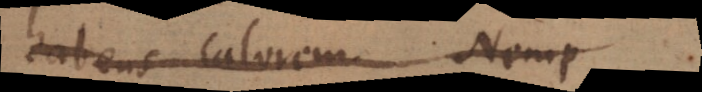
habens calorem. Nemp